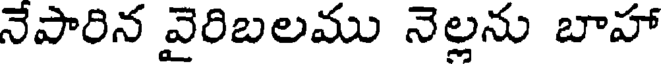
నేపారిన వైరిబలము నెల్లను బాహా